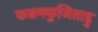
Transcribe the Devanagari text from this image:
कन्नमकुजिताडु